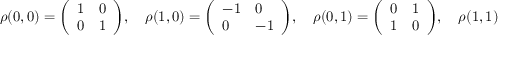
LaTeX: \rho ( { 0 } , { 0 } ) = { \left( \begin{array} { l l } { 1 } & { 0 } \\ { 0 } & { 1 } \end{array} \right) } , \quad \rho ( { 1 } , { 0 } ) = { \left( \begin{array} { l l } { - 1 } & { 0 } \\ { 0 } & { - 1 } \end{array} \right) } , \quad \rho ( { 0 } , { 1 } ) = { \left( \begin{array} { l l } { 0 } & { 1 } \\ { 1 } & { 0 } \end{array} \right) } , \quad \rho ( { 1 } , { 1 } ) = { \left( \begin{array} { l l } { 0 } & { - 1 } \\ { - 1 } & { 0 } \end{array} \right) } .